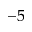
^ { - 5 }